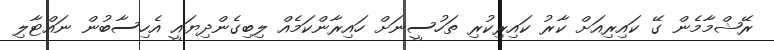
ރޭޝްމާމެން ގޭ ކައިރިއަށް ކާރު ކައިރިކުރި ތަހުސީނަށް ހައިރާންކަމެއް ލިބިގެންދިޔައީ އެހިސާބުން ނައްޓާލި